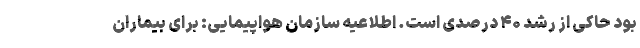
بود حاکی از رشد ۴۰ درصدی است. اطلاعیه ‌سازمان هواپیمایی: برای بیماران